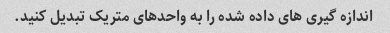
اندازه گیری های داده شده را به واحدهای متریک تبدیل کنید.